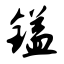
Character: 镒